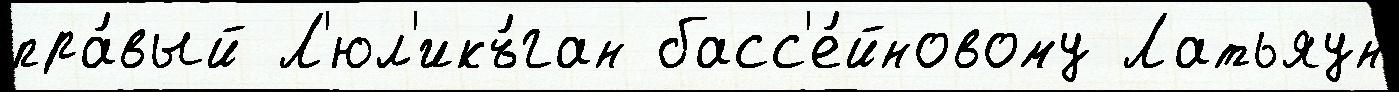
пра́вый Л'юл'икъ́ган басс'е́йновому Латьяун